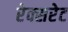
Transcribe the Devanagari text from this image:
रेक्सरेट